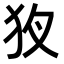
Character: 𤝇